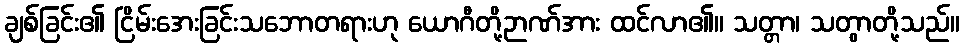
ချစ်ခြင်း၏ ငြိမ်းအေးခြင်းသဘောတရားဟု ယောဂီတို့ဉာဏ်အား ထင်လာ၏။ သတ္တာ၊ သတွာတို့သည်။